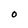
Character: 0